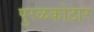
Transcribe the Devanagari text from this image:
पुरळकोठार